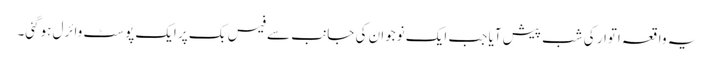
یہ واقعہ اتوار کی شب پیش آیا جب ایک نوجوان کی جانب سے فیس بک پر ایک پوسٹ وائرل ہوگئی۔